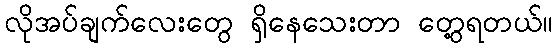
လိုအပ်ချက်လေးတွေ ရှိနေသေးတာ တွေ့ရတယ်။